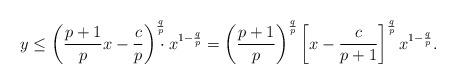
LaTeX: \begin{align*} y\leq \left(\frac{p+1}{p}x - \frac c p\right)^{\mathrlap{\frac q p}}\cdot x^{1-\frac q p} = \left(\frac{p+1}{p}\right)^{\frac q p}\left[x-\frac{c}{p+1}\right]^{\frac q p} x^{1-\frac q p}.\end{align*}